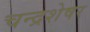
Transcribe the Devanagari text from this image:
चन्द्रशेषर